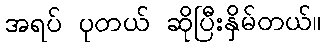
အရပ် ပုတယ် ဆိုပြီးနှိမ်တယ်။